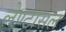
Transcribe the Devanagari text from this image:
लेण्टीसेल